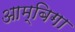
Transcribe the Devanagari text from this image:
आम्बिगा